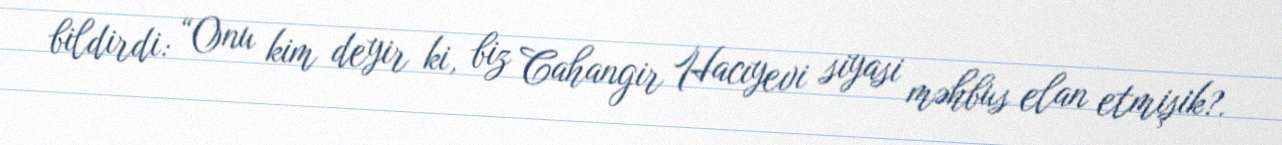
bildirdi: “Onu kim deyir ki, biz Cahangir Hacıyevi siyasi məhbus elan etmişik?.